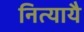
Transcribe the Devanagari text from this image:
नित्यायै